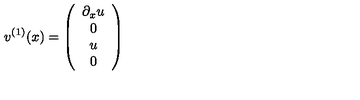
v ^ { ( 1 ) } ( x ) = \left( \begin{array} { c } { \partial _ { x } u } \\ { 0 } \\ { u } \\ { 0 } \\ \end{array} \right)